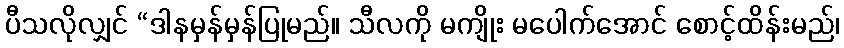
ပီသလိုလျှင် “ဒါနမှန်မှန်ပြုမည်။ သီလကို မကျိုး မပေါက်အောင် စောင့်ထိန်းမည်၊